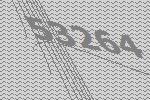
53264